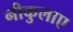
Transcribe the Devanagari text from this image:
नीकुलाए